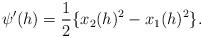
LaTeX: \begin{align*} \begin{aligned} \psi'(h)&=\frac{1}{2}\{x_2(h)^2-x_1(h)^2\}. \end{aligned} \end{align*}